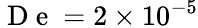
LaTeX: \mathrm{~D~e~}=2\times 10^{-5}